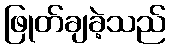
ဖြုတ်ချခဲ့သည်